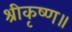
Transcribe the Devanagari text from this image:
श्रीकृष्ण॥